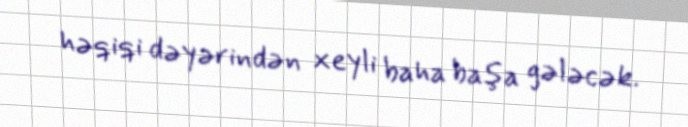
həqiqi dəyərindən xeyli baha başa gələcək.